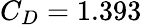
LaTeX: C_{D}=1.393